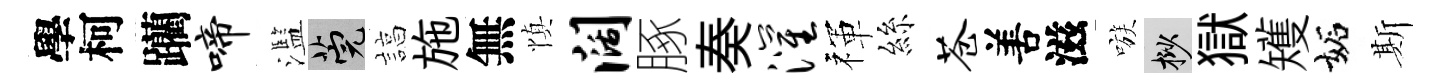
學柯躪啼濫筦諄施無慎阔䐁奏灌禈絲苍𠵊滋嗾挲獄矱妬斯